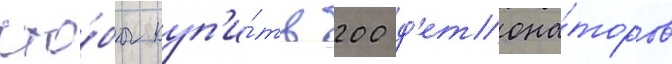
что́бы куп'и́ть 200 д'етона́торов